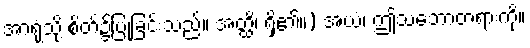
အာရုံသို့ စိတ်၌ပြုခြင်းသည်။ အတ္ထိ၊ ရှိ၏။) အယံ၊ ဤသဘောတရားကို။